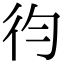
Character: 𢓈